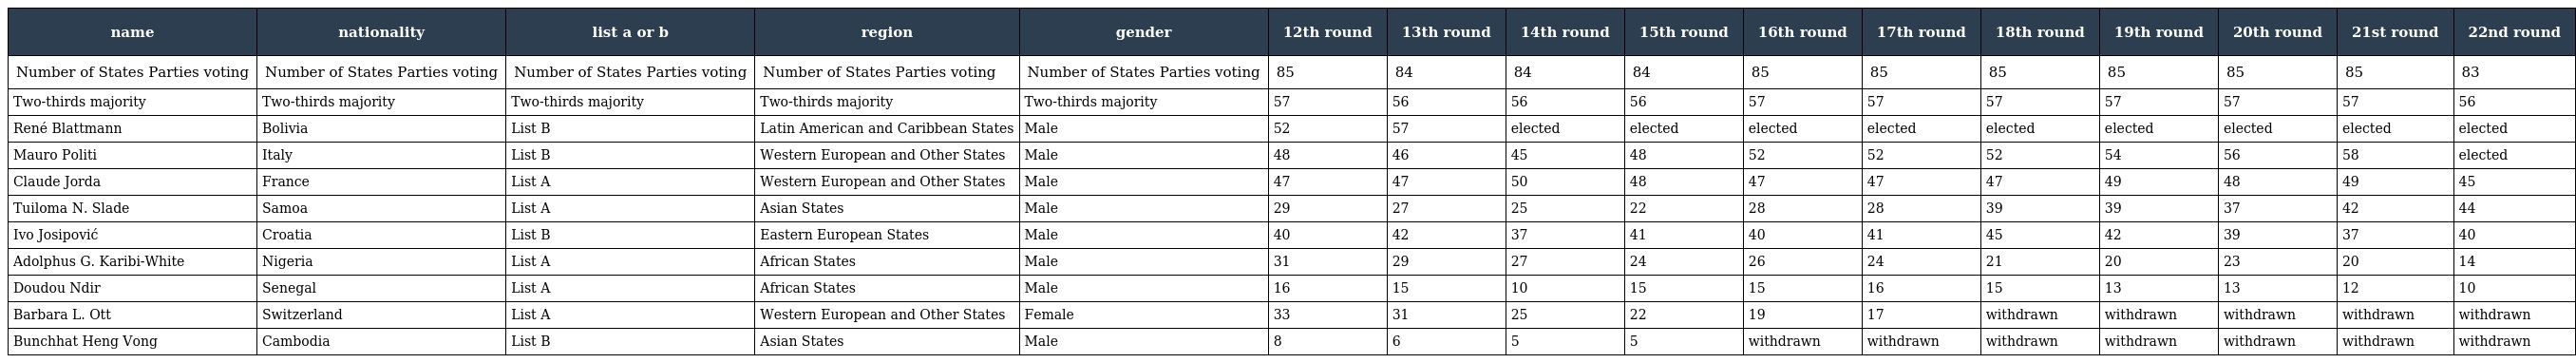
| name | nationality | list a or b | region | gender | 12th round | 13th round | 14th round | 15th round | 16th round | 17th round | 18th round | 19th round | 20th round | 21st round | 22nd round |
 | --- | --- | --- | --- | --- | --- | --- | --- | --- | --- | --- | --- | --- | --- | --- | --- |
 | Number of States Parties voting | Number of States Parties voting | Number of States Parties voting | Number of States Parties voting | Number of States Parties voting | 85 | 84 | 84 | 84 | 85 | 85 | 85 | 85 | 85 | 85 | 83 |
 | Two-thirds majority | Two-thirds majority | Two-thirds majority | Two-thirds majority | Two-thirds majority | 57 | 56 | 56 | 56 | 57 | 57 | 57 | 57 | 57 | 57 | 56 |
 | René Blattmann | Bolivia | List B | Latin American and Caribbean States | Male | 52 | 57 | elected | elected | elected | elected | elected | elected | elected | elected | elected |
 | Mauro Politi | Italy | List B | Western European and Other States | Male | 48 | 46 | 45 | 48 | 52 | 52 | 52 | 54 | 56 | 58 | elected |
 | Claude Jorda | France | List A | Western European and Other States | Male | 47 | 47 | 50 | 48 | 47 | 47 | 47 | 49 | 48 | 49 | 45 |
 | Tuiloma N. Slade | Samoa | List A | Asian States | Male | 29 | 27 | 25 | 22 | 28 | 28 | 39 | 39 | 37 | 42 | 44 |
 | Ivo Josipović | Croatia | List B | Eastern European States | Male | 40 | 42 | 37 | 41 | 40 | 41 | 45 | 42 | 39 | 37 | 40 |
 | Adolphus G. Karibi-White | Nigeria | List A | African States | Male | 31 | 29 | 27 | 24 | 26 | 24 | 21 | 20 | 23 | 20 | 14 |
 | Doudou Ndir | Senegal | List A | African States | Male | 16 | 15 | 10 | 15 | 15 | 16 | 15 | 13 | 13 | 12 | 10 |
 | Barbara L. Ott | Switzerland | List A | Western European and Other States | Female | 33 | 31 | 25 | 22 | 19 | 17 | withdrawn | withdrawn | withdrawn | withdrawn | withdrawn |
 | Bunchhat Heng Vong | Cambodia | List B | Asian States | Male | 8 | 6 | 5 | 5 | withdrawn | withdrawn | withdrawn | withdrawn | withdrawn | withdrawn | withdrawn |